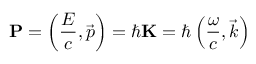
\mathbf { P } = \left( { \frac { E } { c } } , { \vec { p } } \right) = \hbar \mathbf { K } = \hbar \left( { \frac { \omega } { c } } , { \vec { k } } \right)